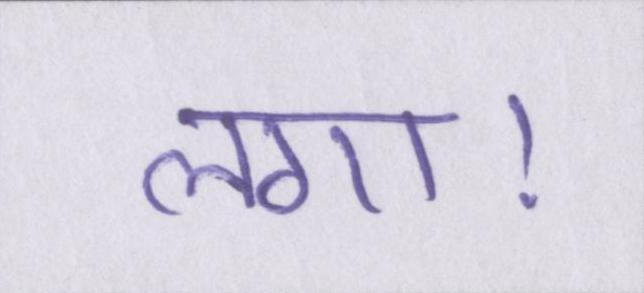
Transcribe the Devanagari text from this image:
लगा।